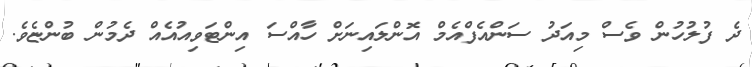
ދެ ފުލުހުން ވެސް މިއަދު ސަންއެފްއެމް އޮންލައިނަށް ހާއްސަ އިންޓަވިއުއެއް ދެމުން ބުންޏެވެ.